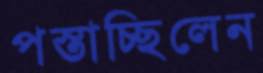
পস্তাচ্ছিলেন